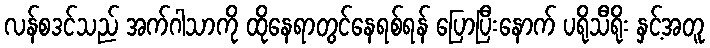
လန်စဒင်သည် အက်ဂါသာကို ထိုနေရာတွင်နေရစ်ရန် ပြောပြီးနောက် ပရိုသီရိုး နှင့်အတူ